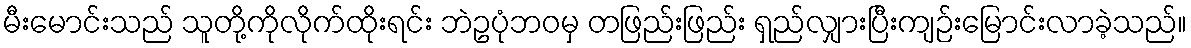
မီးမောင်းသည် သူတို့ကိုလိုက်ထိုးရင်း ဘဲဥပုံဘဝမှ တဖြည်းဖြည်း ရှည်လျှားပြီးကျဉ်းမြောင်းလာခဲ့သည်။